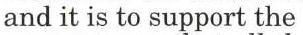
and it is to support the